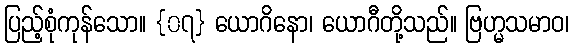
ပြည့်စုံကုန်သော။ {၀၇} ယောဂိနော၊ ယောဂီတို့သည်။ ဗြဟ္မသမာဝ၊